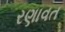
રણાવત